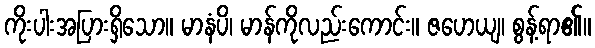
ကိုးပါးအပြားရှိသော။ မာနံပိ၊ မာန်ကိုလည်းကောင်း။ ဇဟေယျ၊ စွန့်ရာ၏။